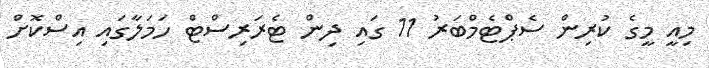
މިއީ މީގެ ކުރިން ސެޕްޓެމްބަރު 11 ގައި ދިން ޓެރަރިސްޓް ހަމަލާގައި އިސްކޮށް